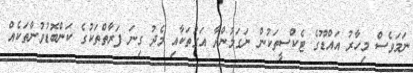
ނަމަވެސް މިހާރު އައްޑޫގެ ޓެކްސީތަކުން ނަގަމުންދާ އަގުތަކާއި މެދު ގިނަ ފަރާތްތަކުގެ ކަންބޮޑުވުންތަކެއް